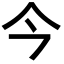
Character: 今